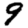
Digit: 9